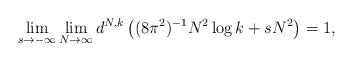
\begin{align*}\lim_{s\to -\infty} \lim_{N\to \infty} d^{N,k} \left( (8\pi^2)^{-1}N^2\log k+sN^2 \right)=1,\end{align*}